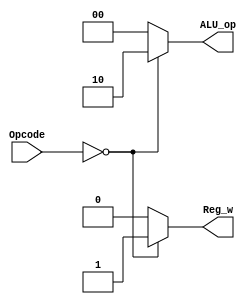
module Control
(
    input [5:0] Opcode,
    output reg [1:0] ALU_op,
    output reg  Reg_w
);

always @(*)
begin
    case(Opcode)
        6'b000000: begin ALU_op = 2'b10; Reg_w = 1'b1; end // R-type
        default: begin ALU_op = 2'b00; Reg_w = 1'b0; end
    endcase
end

endmodule